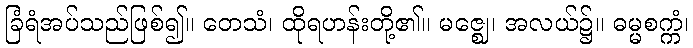
ခြံရံအပ်သည်ဖြစ်၍။ တေသံ၊ ထိုရဟန်းတို့၏။ မဇ္ဈေ၊ အလယ်၌။ ဓမ္မစက္ကံ၊